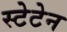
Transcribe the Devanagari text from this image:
स्टेटेन